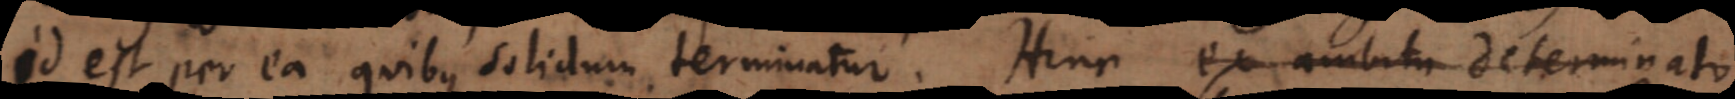
id est per ea quibus solidum terminatur. Hinc ex ambitu determinato